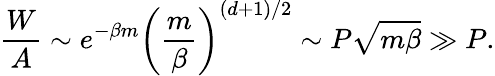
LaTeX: \frac{W}{A}\sim e^{-\beta m}\left(\frac{m}{\beta}\right)^{(d+1)/2}\sim P{\sqrt{m\beta}}\gg P.